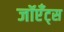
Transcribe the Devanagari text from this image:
जॉएँट्स